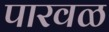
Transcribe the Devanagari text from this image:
पारवळ